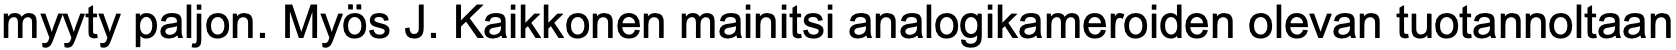
myyty paljon. Myös J. Kaikkonen mainitsi analogikameroiden olevan tuotannoltaan